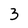
Character: 3